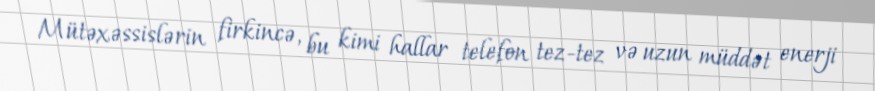
Mütəxəssislərin firkincə, bu kimi hallar telefon tez-tez və uzun müddət enerji